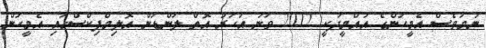
ނަމަވެސް އެމީހުންގެ އުއްމީދަކީ 2012 ވަނަ އަހަރު އޮތް ލަންޑަން އޮލިމްޕިކްސްގައި އެމީހުން